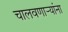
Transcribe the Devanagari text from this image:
चालवणार्‍यांना